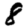
Digit: 8